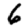
Digit: 6